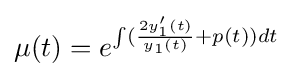
\mu (t)=e^{\int ({\frac {2y_{1}'(t)}{y_{1}(t)}}+p(t))dt}